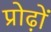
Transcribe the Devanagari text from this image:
प्रोढ़ों